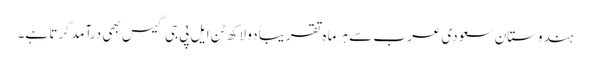
ہندوستان سعودی عرب سے ہر ماہ تقریباً دو لاکھ ٹن ایل پی جی گیس بھی درآمد کرتا ہے۔